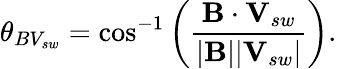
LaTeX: \theta_{BV_{sw}}=\cos^{-1}\bigg(\frac{\textbf{B}\cdot\textbf{V}_{sw}}{|\textbf{B}||\textbf{V}_{sw}|}\bigg).